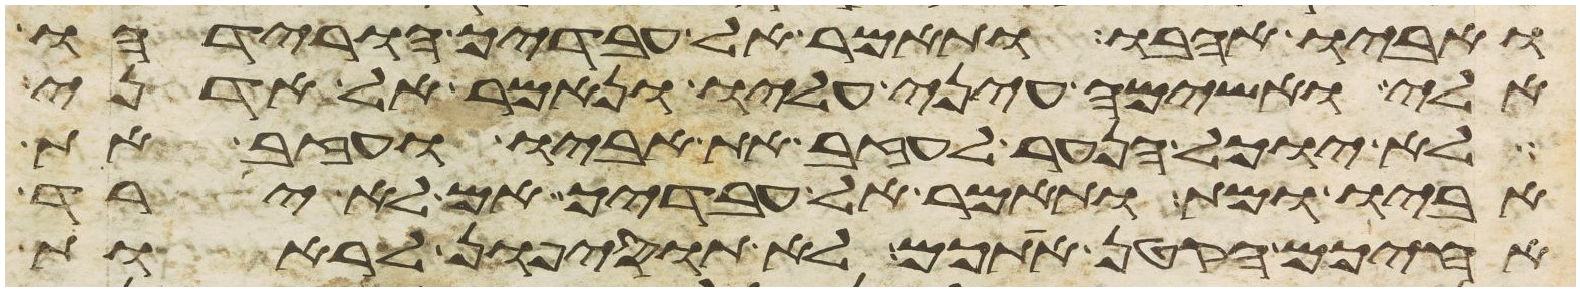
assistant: ואביו אהבו ותאמר אל עבדיך הורידהו
אלי ואשימה עיני עליו ונאמר אל אדני
לא יוכל הנער לעזב את אביו ועזב את
אביו ומת ותאמר אל עבדיך אם לא ירד
אחיכם הקטן אתכם לא תוסיפון לראות